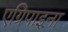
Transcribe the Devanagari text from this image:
एग्रिपाइना